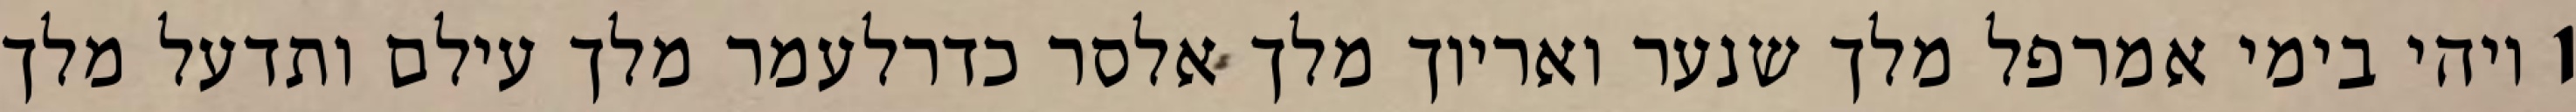
1 ויהי בימי אמרפל מלך שנער ואריוך מלך אלסר כדרלעמר מלך עילם ותדעל מלך